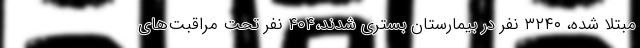
مبتلا شده، ۳۲۴۰ نفر در بیمارستان بستری شدند،۴۰۴ نفر تحت مراقبت‌های